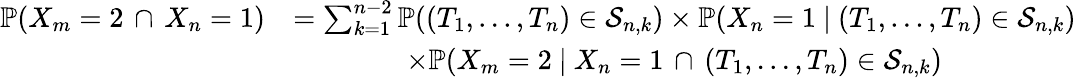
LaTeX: \begin{array}{rl}{\mathbb{P}(X_{m}=2\, \cap\, X_{n}=1)}&{=\sum_{k=1}^{n-2}\mathbb{P}((T_{1},...,T_{n})\in\mathcal{S}_{n,k})\times\mathbb{P}(X_{n}=1\ |\ (T_{1},...,T_{n})\in\mathcal{S}_{n,k})}\\ &{\qquad\qquad\times\mathbb{P}(X_{m}=2\ |\ X_{n}=1\, \cap\, (T_{1},...,T_{n})\in\mathcal{S}_{n,k})}\end{array}